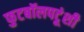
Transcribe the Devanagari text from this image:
फुटबॉलपटूंशी